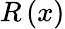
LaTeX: R\left(x\right)